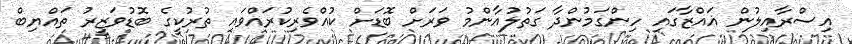
އިސްރާއިލުން ޣައްޒާގައި ހިންގަމުންދާ ގަތުލުއާންމު ވަރަށް ބޮޑަށް ކުއްވެރިކުރައްވައި ތުުރުކީގެ ބޮޑުވަޒީރު ތައްޔިބް